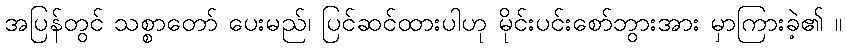
အပြန်တွင် သစ္စာတော် ပေးမည်၊ ပြင်ဆင်ထားပါဟု မိုင်းပင်းစော်ဘွားအား မှာကြားခဲ့၏ ။